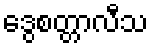
ဒွေစတ္တာလီသ